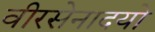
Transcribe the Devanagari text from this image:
वीरसेनादयो